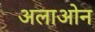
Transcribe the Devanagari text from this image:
अलाओन